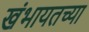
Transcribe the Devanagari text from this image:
खंभायतच्या